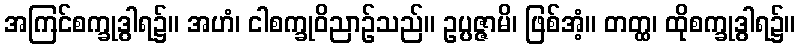
အကြင်စက္ခုဒွါရ၌။ အဟံ၊ ငါစက္ခုဝိညာဉ်သည်။ ဥပ္ပဇ္ဇာမိ၊ ဖြစ်အံ့။ တတ္ထ၊ ထိုစက္ခုဒွါရ၌။